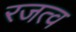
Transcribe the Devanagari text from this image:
रजत्व